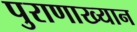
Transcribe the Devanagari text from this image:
पुराणाख्यान